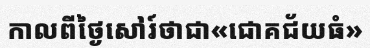
កាលពីថ្ងៃសៅរ៍ថាជា«ជោគជ័យធំ»